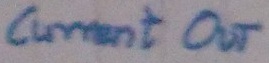
Text: current OUT